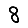
Digit: 8